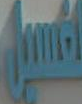
الحسين